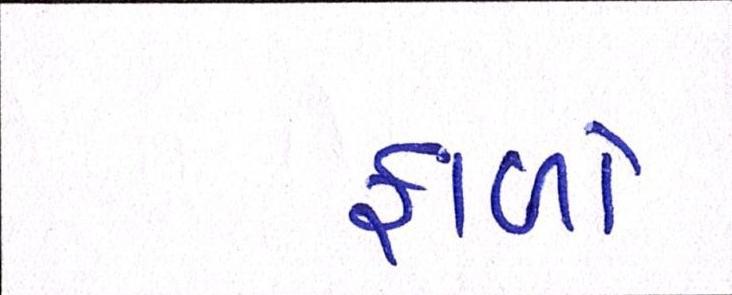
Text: ફાળો